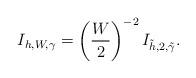
LaTeX: \begin{align*}I_{h,W,\gamma}=\left(\frac{W}{2}\right)^{-2}I_{\tilde{h},2,\tilde{\gamma}}.\end{align*}